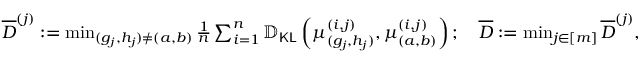
\begin{array} { r } { \overline { { D } } ^ { ( j ) } : = \operatorname* { m i n } _ { ( g _ { j } , h _ { j } ) \neq ( a , b ) } \frac { 1 } { n } \sum _ { i = 1 } ^ { n } \mathbb { D } _ { \mathsf { K L } } \left( \boldsymbol { \mu } _ { ( g _ { j } , h _ { j } ) } ^ { ( i , j ) } , \boldsymbol { \mu } _ { ( a , b ) } ^ { ( i , j ) } \right) ; \quad \overline { { D } } : = \operatorname* { m i n } _ { j \in [ m ] } \overline { { D } } ^ { ( j ) } , } \end{array}